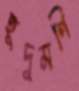
হূদুমণি